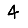
Digit: 4